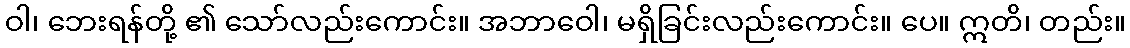
ဝါ၊ ဘေးရန်တို့ ၏ သော်လည်းကောင်း။ အဘာဝေါ၊ မရှိခြင်းလည်းကောင်း။ ပေ။ ဣတိ၊ တည်း။